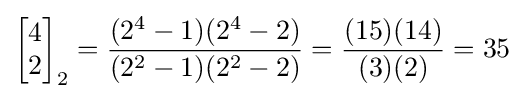
\left[{\begin{matrix}4\\2\end{matrix}}\right]_{2}={\frac {(2^{4}-1)(2^{4}-2)}{(2^{2}-1)(2^{2}-2)}}={\frac {(15)(14)}{(3)(2)}}=35